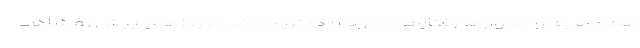
هم دهیم و خانوارها رفتارهای خود را کنترل کنند در روزهای پیش رو شاهد